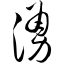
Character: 涌